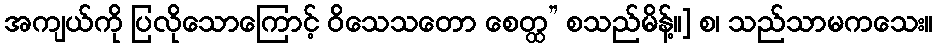
အကျယ်ကို ပြလိုသောကြောင့် ဝိသေသတော စေတ္ထ” စသည်မိန့်။] စ၊ သည်သာမကသေး။